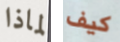
لماذا كيف